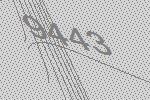
9443